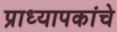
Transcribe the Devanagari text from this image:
प्राध्यापकांचे